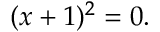
( x + 1 ) ^ { 2 } = 0 .